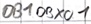
Text: DB1 DBX0.1